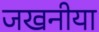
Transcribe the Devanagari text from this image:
जखनीया